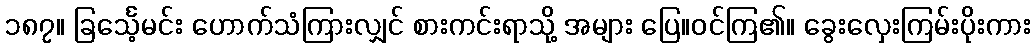
၁၈၇။ ခြင်္သေ့မင်း ဟောက်သံကြားလျှင် စားကင်းရာသို့ အများ ပြေ။ဝင်ကြ၏။ ခွေးလှေးကြမ်းပိုးကား